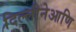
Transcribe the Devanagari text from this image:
दिल्लीनेआणि